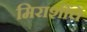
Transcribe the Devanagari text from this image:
मिराशींचे